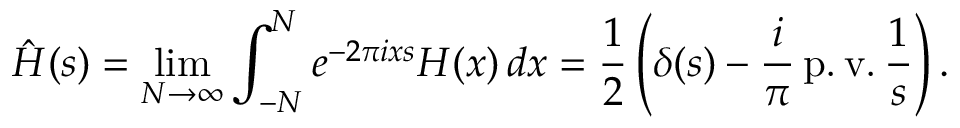
{ \hat { H } } ( s ) = \operatorname* { l i m } _ { N \to \infty } \int _ { - N } ^ { N } e ^ { - 2 \pi i x s } H ( x ) \, d x = { \frac { 1 } { 2 } } \left( \delta ( s ) - { \frac { i } { \pi } } \operatorname { p . v . } { \frac { 1 } { s } } \right) .